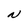
Character: N